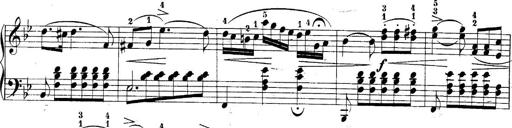
Title: 10 Sonatines progressives
Composer: Anton Schmoll